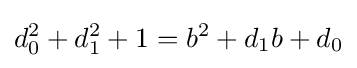
d_{0}^{2}+d_{1}^{2}+1=b^{2}+d_{1}b+d_{0}